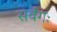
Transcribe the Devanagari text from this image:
सर्वगः